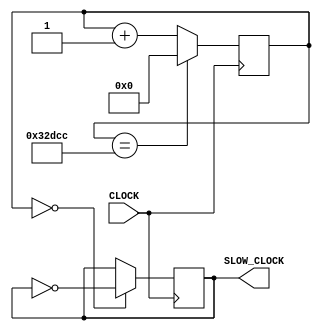
`timescale 1ns / 1ps
//////////////////////////////////////////////////////////////////////////////////
// Company: 
// Engineer: 
// 
// Design Name: 
// Module Name: clock240
// Project Name: 
// Target Devices: 
// Tool Versions: 
// Description: 
// 
// Dependencies: 
// 
// Revision:
// Revision 0.01 - File Created
// Additional Comments:
// 
//////////////////////////////////////////////////////////////////////////////////


module clock240(
input CLOCK,
output reg SLOW_CLOCK=0
);

reg[20:0] count = 0;
always @ (posedge CLOCK) 
    begin
        count <= (count == 208332) ? 0 : count+1;
        SLOW_CLOCK <= (count == 0) ? ~SLOW_CLOCK : SLOW_CLOCK;
    end 
endmodule